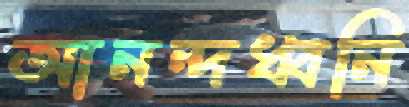
আনন্দধ্বনি